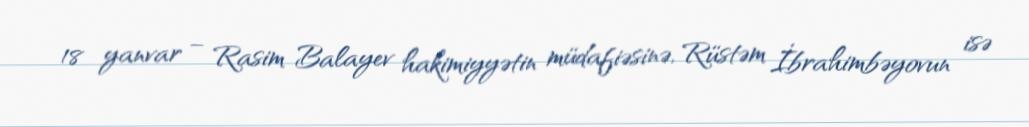
18 yanvar – Rasim Balayev hakimiyyətin müdafiəsinə, Rüstəm İbrahimbəyovun isə